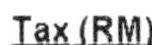
TAX(RM)